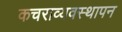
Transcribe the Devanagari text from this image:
कचराव्यवस्थापन